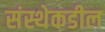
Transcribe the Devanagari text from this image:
संस्थेकडील